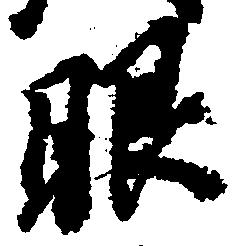
眼